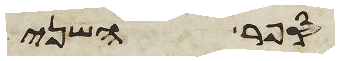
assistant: במספר שני